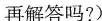
再解答吗？）